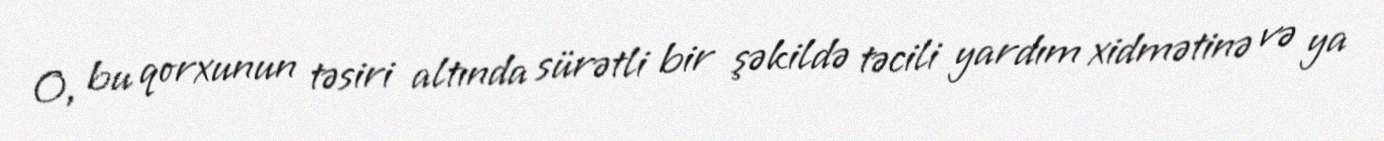
O, bu qorxunun təsiri altında sürətli bir şəkildə təcili yardım xidmətinə və ya